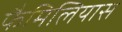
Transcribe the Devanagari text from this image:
फैमिलियास